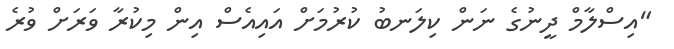
"އިސްލާމް ދީނުގެ ނަން ކިލަނބު ކުރުމަށް އައިއެސް އިން މިކުރާ ވަރަށް ވުރެ